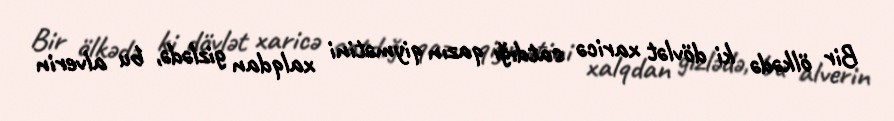
Bir ölkədə ki dövlət xaricə satdığı qazın qiymətini xalqdan gizlədə, bu alverin